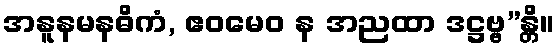
အနူနမနဓိကံ, ဧဝမေဝ န အညထာ ဒဋ္ဌဗ္ဗ”န္တိ။